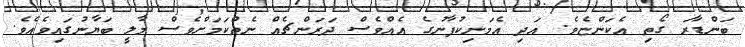
ބަންޑާރަ ގޯތި އެކަންޏެވެ. އަދި އެމަނިކުފާނުގެ އެއްވެސް ދަރަންޗެއް ނެތްކަމަށްވެސް މާލީ ބަޔާނުގައިވެއެވެ.